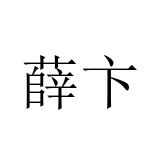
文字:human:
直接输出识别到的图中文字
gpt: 薛卞